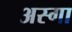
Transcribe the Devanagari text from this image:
अस्गा